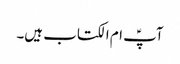
آپؑ ام الکتاب ہیں۔